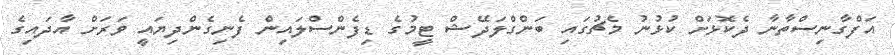
އަފްގާނިސްތާނާ ދެކޮޅަށް ކުޅުނު މެޗުގައި ބަންގްލަދޭޝް ޓީމުގެ ޑިފެންސްލައިން ފެނިގެންދިޔައީ ވަރަށް އާދައިގެ